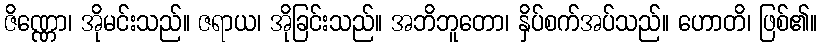
ဇိဏ္ဏော၊ အိုမင်းသည်။ ဇရာယ၊ အိုခြင်းသည်။ အဘိဘူတော၊ နှိပ်စက်အပ်သည်။ ဟောတိ၊ ဖြစ်၏။